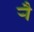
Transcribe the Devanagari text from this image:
र्‍ाै